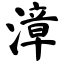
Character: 漳